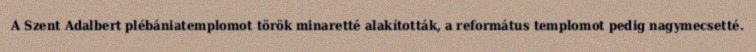
A Szent Adalbert plébániatemplomot török minaretté alakították, a református templomot pedig nagymecsetté.